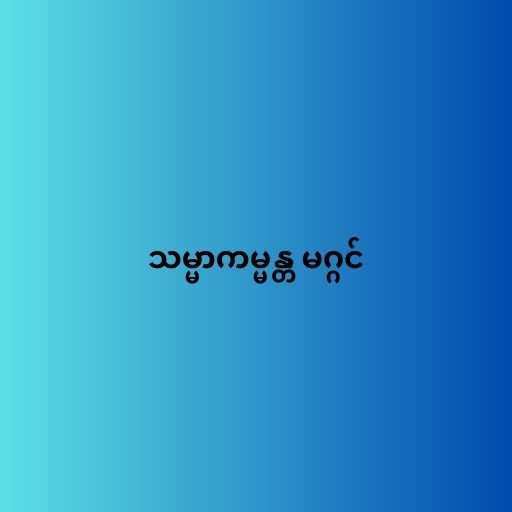
သမ္မာကမ္မန္တ မဂ္ဂင်